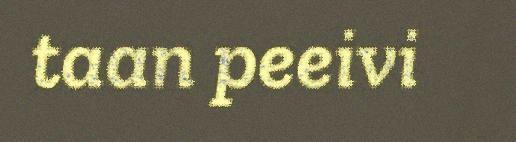
taan peeivi